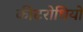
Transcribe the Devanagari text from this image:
कीटरोधियों